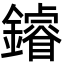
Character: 䥧